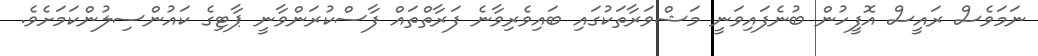
ނަމަވެސް ރައީސް އޮފީހުން ބުނެފައިވަނީ މަޝްވަރާތަކުގައި ބައިވެރިވާނެ ފަރާތްތައް ފާސްކުރަންވާނީ ޕާޓިގެ ކައުންސިލުންކަމަށެވެ.